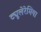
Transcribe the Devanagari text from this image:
ट्यूलेरेमिया